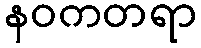
နဝကတရာ